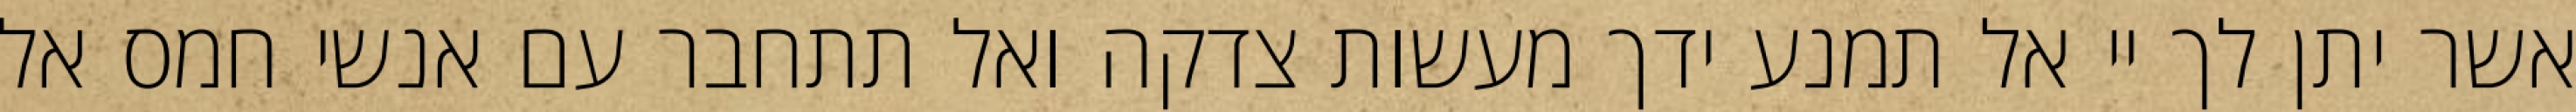
אשר יתן לך יי אל תמנע ידך מעשות צדקה ואל תתחבר עם אנשי חמס אל